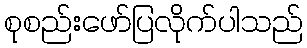
စုစည်းဖော်ပြလိုက်ပါသည်